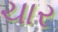
ચાર